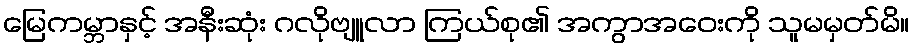
မြေကမ္ဘာနှင့် အနီးဆုံး ဂလိုဗျူလာ ကြယ်စု၏ အကွာအဝေးကို သူမမှတ်မိ။